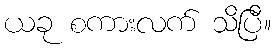
ယခု စကားလက် သိပြီ။